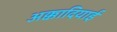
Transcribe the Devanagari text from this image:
अक्कादियाई